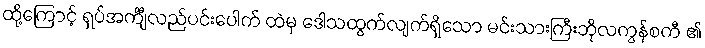
ထို့ကြောင့် ရှပ်အင်္ကျီလည်ပင်းပေါက် ထဲမှ ဒေါသထွက်လျက်ရှိသော မင်းသားကြီးဘိုလကွန်စကီ ၏